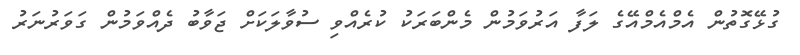
ގުޅޭގޮތުން އެމްއެމްއޭގެ ލަފާ އަރުވަމުން މެންބަރަކު ކުރެއްވި ސުވާލަކަށް ޖަވާބު ދެއްވަމުން ގަވަރުނަރު